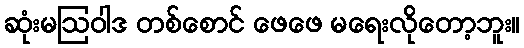
ဆုံးမဩဝါဒ တစ်စောင် ဖေဖေ မရေးလိုတော့ဘူး။